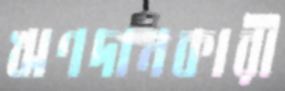
ঋণদানকারী